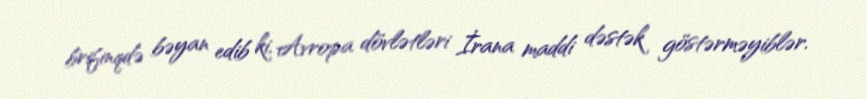
brifinqdə bəyan edib ki, Avropa dövlətləri İrana maddi dəstək göstərməyiblər.